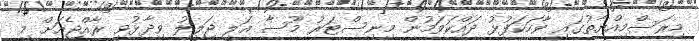
މިރަސްމިއްޔާތުގައި ވާހަކަފުޅު ދައްކަވަމުން މިނިސްޓަރު މޫސާ އަލީ ޖަލީލު ވިދާޅުވީ ރާއްޖެއަށް މި